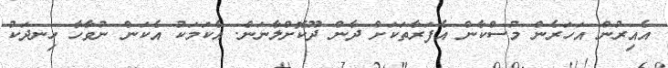
އެއިރުން އަހަރެން މުސްކާން އެފަރާތަކަށް ދާން ދޫކޮށްލާނަން. އެކަމަކު އެކަން ނުވާހާ ހިނދަކު